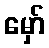
မှော်